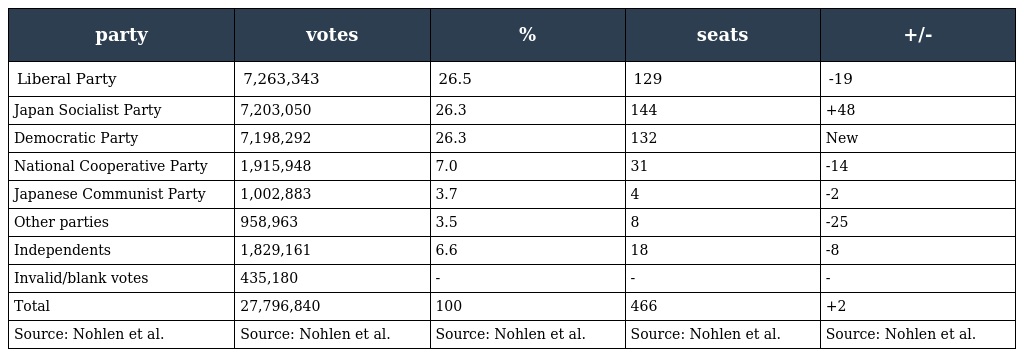
| party | votes | % | seats | +/- |
 | --- | --- | --- | --- | --- |
 | Liberal Party | 7,263,343 | 26.5 | 129 | -19 |
 | Japan Socialist Party | 7,203,050 | 26.3 | 144 | +48 |
 | Democratic Party | 7,198,292 | 26.3 | 132 | New |
 | National Cooperative Party | 1,915,948 | 7.0 | 31 | -14 |
 | Japanese Communist Party | 1,002,883 | 3.7 | 4 | -2 |
 | Other parties | 958,963 | 3.5 | 8 | -25 |
 | Independents | 1,829,161 | 6.6 | 18 | -8 |
 | Invalid/blank votes | 435,180 | - | - | - |
 | Total | 27,796,840 | 100 | 466 | +2 |
 | Source: Nohlen et al. | Source: Nohlen et al. | Source: Nohlen et al. | Source: Nohlen et al. | Source: Nohlen et al. |